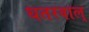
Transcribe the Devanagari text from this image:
धतरवाल्